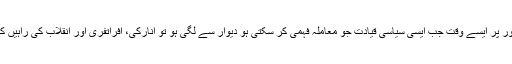
خاص طور پر ایسے وقت جب ایسی سیاسی قیادت جو معاملہ فہمی کر سکتی ہو دیوار سے لگی ہو تو انارکی، افراتفری اور انقلاب کی راہیں کھلتی ہیں۔